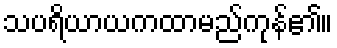
သပရိယာယကထာမည်ကုန်၏။